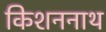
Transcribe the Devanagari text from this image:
किशननाथ